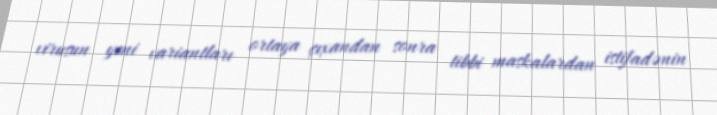
virusun yeni variantları ortaya çıxandan sonra tibbi maskalardan istifadənin